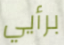
برأيي